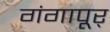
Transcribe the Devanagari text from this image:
गंगापूर्